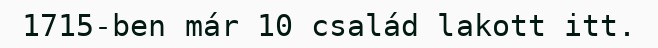
1715-ben már 10 család lakott itt.